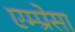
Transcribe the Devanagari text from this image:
एम्प्रेसा